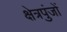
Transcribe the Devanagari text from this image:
क्षेत्रपुंजों